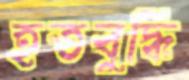
হতবুদ্ধি